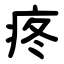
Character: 疼